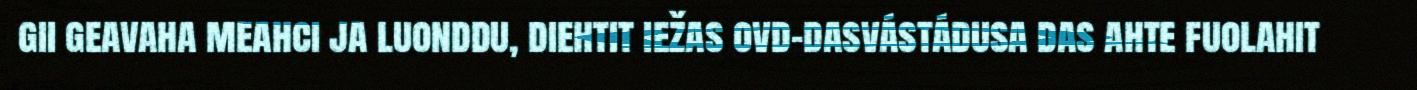
gii geavaha meahci ja luonddu, diehtit iežas ovd-dasvástádusa das ahte fuolahit